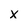
Character: X